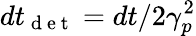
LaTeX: dt_{\mathrm{~d~e~t~}}=dt/2\gamma_{p}^{2}